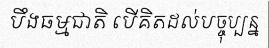
បឹងធម្មជាតិ បើគិតដល់បច្ចុប្បន្ន